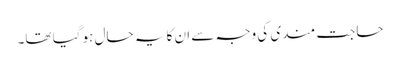
حاجت مندی کی وجہ سے ان کا یہ حال ہو گیا تھا۔